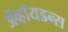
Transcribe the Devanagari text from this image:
ॲव्हॉयडन्स